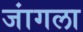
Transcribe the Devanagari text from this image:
जांगला